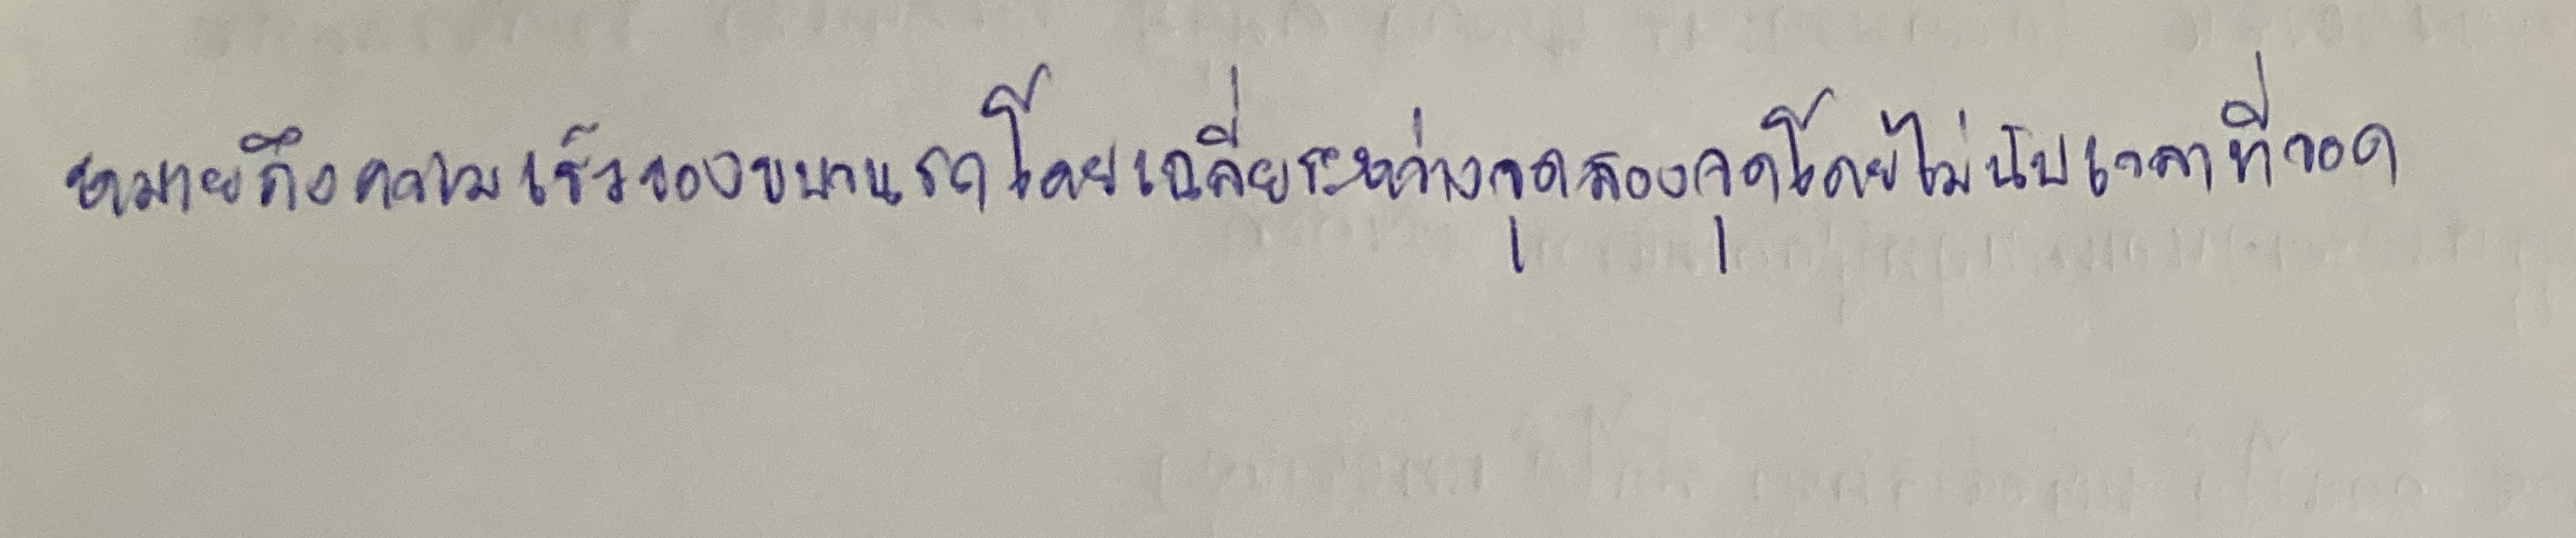
หมายถึงความเร็วของขบวนรถโดยเฉลี่ยระหว่างจุดสองจุดโดยไม่นับเวลาที่จอด